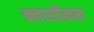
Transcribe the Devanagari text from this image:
क्लासीकल